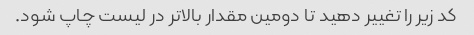
کد زیر را تغییر دهید تا دومین مقدار بالاتر در لیست چاپ شود.